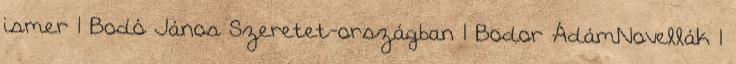
ismer 1 Bodó János Szeretet-országban 1 Bodor ÁdámNovellák 1